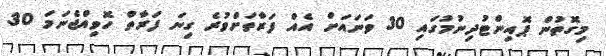
މިގޮތުން ޕޮއިންޓުދިނުމުގައި 30 ވަނައަށް އެއް ފަރާތަށްވުރެ ގިނަ ފަރާތް ހޮވިއްޖެނަމަ 30